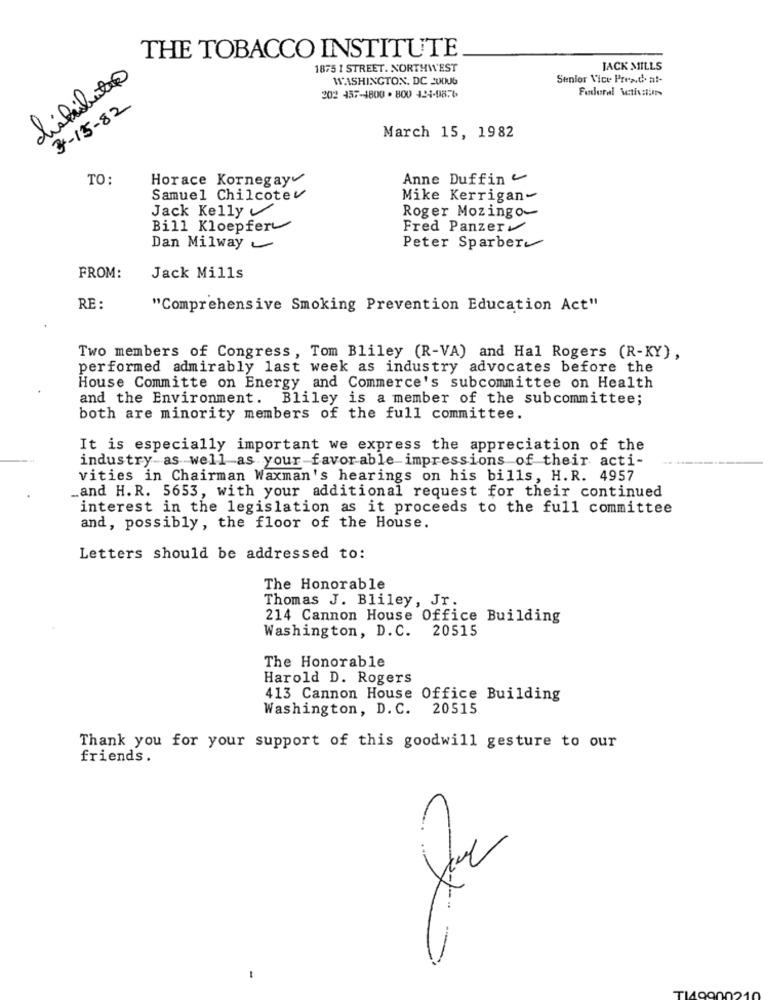
THE TOBACCO INSTITUTE
1875 1 STREET. NORTHWEST
JACK MILLS
distributio
WASHINGTON, DC 20006
Senior Vice Pread. at-
202 457-1800 .800 124-9876
3-15-82
March 15, 1982
TO:
Horace Kornegay
Anne Duffin
Samuel Chilcotev
Mike Kerrigan-
Jack Kelly
Roger Mozingo-
Bill Kloepfer
Fred Panzer
Dan Milway
Peter Sparber
FROM:
Jack Mills
RE :
"Comprehensive Smoking Prevention Education Act"
Two members of Congress, Tom Bliley (R-VA) and Hal Rogers (R-KY),
performed admirably last week as industry advocates before the
House Committe on Energy and Commerce's subcommittee on Health
and the Environment. Bliley is a member of the subcommittee;
both are minority members of the full committee.
It is especially important we express the appreciation of the
industry as well as your-favorable-impressions of their acti-
vities in Chairman Waxman's hearings on his bills, H.R. 4957
_and H.R. 5653, with your additional request for their continued
interest in the legislation as it proceeds to the full committee
and, possibly, the floor of the House.
Letters should be addressed to:
The Honorable
Thomas J. Bliley, Jr.
214 Cannon House Office Building
20515
Washington, D. C.
The Honorable
Harold D. Rogers
413 Cannon House Office Building
Washington, D. C.
20515
Thank you for your support of this goodwill gesture to our
friends.
... .
37